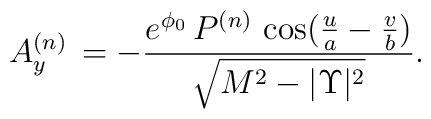
A^{(n)}_y \,= - {{{e^{\phi_0}}\,P^{(n)}\,      \cos ({u\over a} - {v\over b})}\over     {{\sqrt{{M^2} - {|\Upsilon|^2}}}}}.